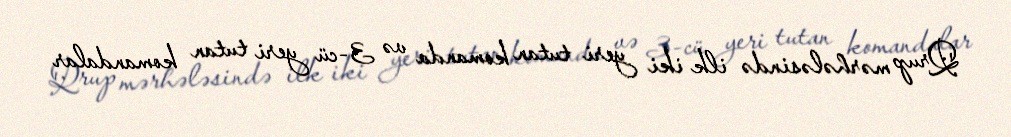
Qrup mərhələsində ilk iki yeri tutan komanda və 3-cü yeri tutan komandalar